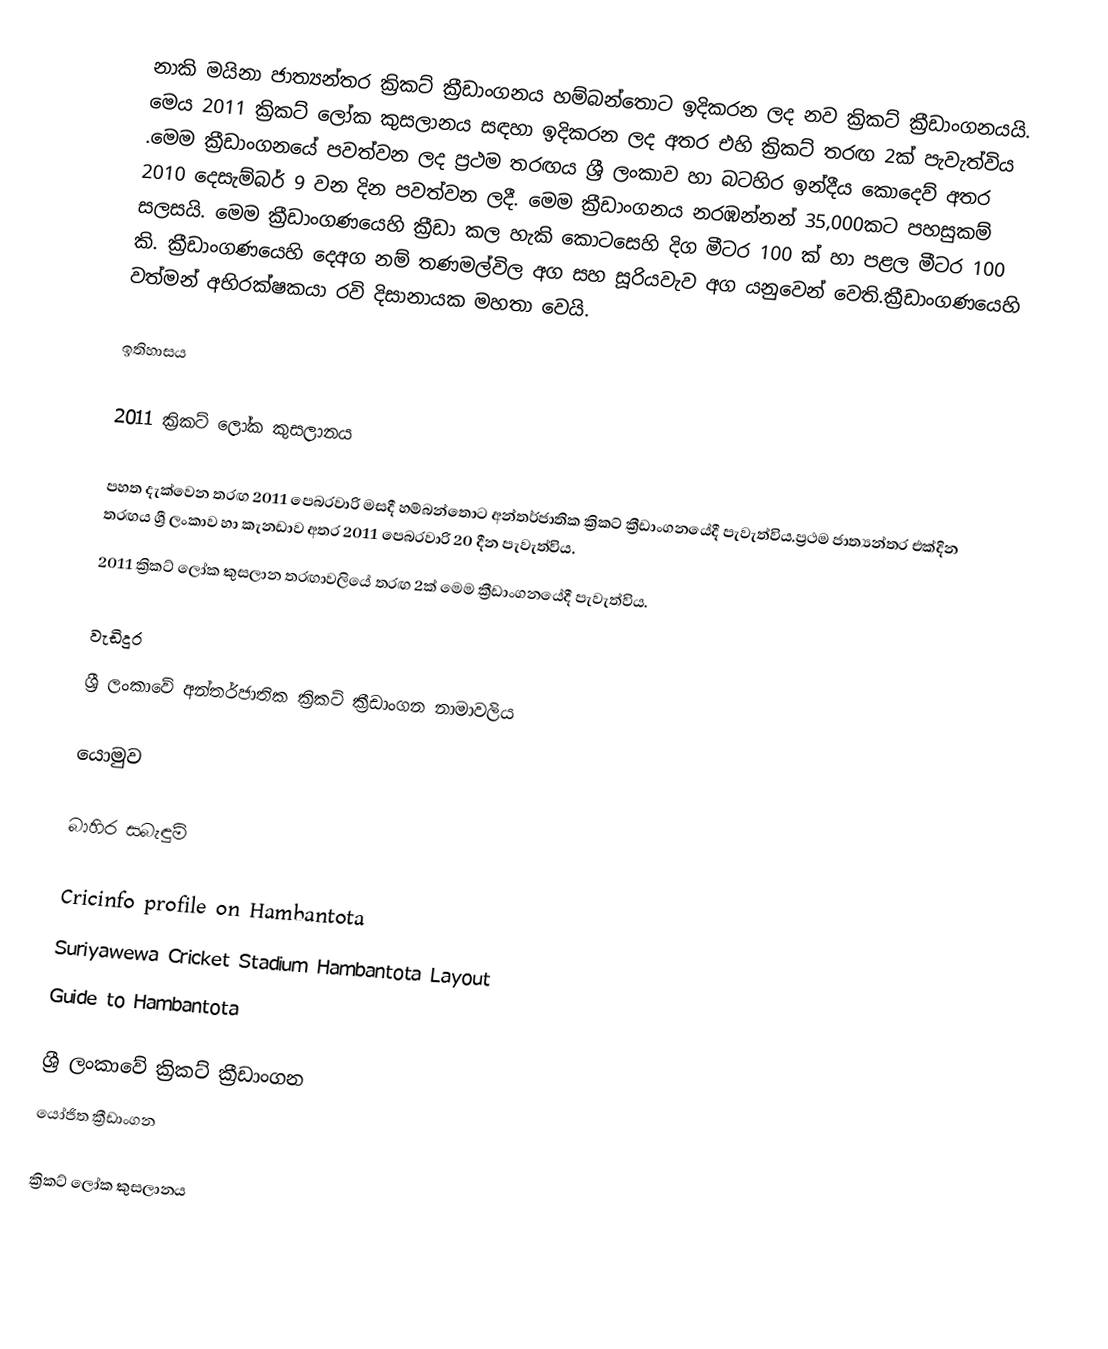
නාකි මයිනා ජාත්‍යන්තර ක්‍රිකට් ක්‍රීඩාංගනය හම්බන්තොට ඉදිකරන ලද නව ක්‍රිකට් ක්‍රීඩාංගනයයි. මෙය 2011 ක්‍රිකට් ලෝක කුසලානය සඳහා ඉදිකරන ලද අතර එහි ක්‍රිකට් තරඟ 2ක් පැවැත්විය .මෙම ක්‍රීඩාංගනයේ පවත්වන ලද ප්‍රථම තරඟය ශ්‍රී ලංකාව හා බටහිර ඉන්දීය කොදෙව් අතර 2010 දෙසැම්බර් 9 වන දින පවත්වන ලදී. මෙම ක්‍රීඩාංගනය නරඹන්නන් 35,000කට පහසුකම් සලසයි.  මෙම ක්‍රීඩාංගණයෙහි ක්‍රීඩා කල හැකි කොටසෙහි දිග මීටර 100 ක් හා පළල මීටර 100 කි. ක්‍රීඩාංගණයෙහි දෙඅග නම් තණමල්විල අග සහ සූරියවැව අග යනුවෙන් වෙති.ක්‍රීඩාංගණයෙහි වත්මන් අභිරක්ෂකයා රවි දිසානායක මහතා වෙයි.

ඉතිහාසය

2011 ක්‍රිකට් ලෝක කුසලානය

පහත දැක්වෙන තරඟ 2011 පෙබරවාරි මසදී හම්බන්තොට අන්තර්ජාතික ක්‍රිකට් ක්‍රීඩාංගනයේදී පැවැත්විය.ප්‍රථම ජාත්‍යන්තර එක්දින තරඟය ශ්‍රී ලංකාව හා කැනඩාව අතර 2011 පෙබරවාරි 20 දීන පැවැත්විය.
2011 ක්‍රිකට් ලෝක  කුසලාන තරඟාවලියේ  තරඟ 2ක් මෙම ක්‍රීඩාංගනයේදී පැවැත්විය.

වැඩිදුර
 ශ්‍රී ලංකාවේ අන්තර්ජාතික ක්‍රිකට් ක්‍රීඩාංගන නාමාවලිය

යොමුව

බාහිර සබැඳුම්

 Cricinfo profile on Hambantota
 Suriyawewa Cricket Stadium Hambantota Layout
 Guide to Hambantota

ශ්‍රී ලංකාවේ ක්‍රිකට් ක්‍රීඩාංගන
යෝජිත ක්‍රීඩාංගන

ක්‍රිකට් ලෝක කුසලානය